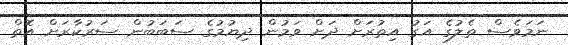
ނަމަވެސް ތެލުގެ އަގު އިތުރަށް ދަށް ވަމުން ދިޔުމުގެ ސަބަބުން ސަރުކާރަށް އޮތް